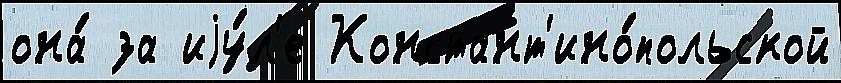
она́ за иjу́л'е Констант'ино́польской